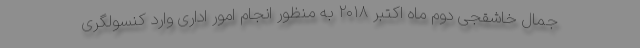
جمال خاشقجی دوم ماه اکتبر ۲۰۱۸ به منظور انجام امور اداری وارد کنسولگری